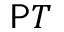
\mathsf { P } T